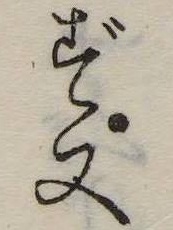
ず又